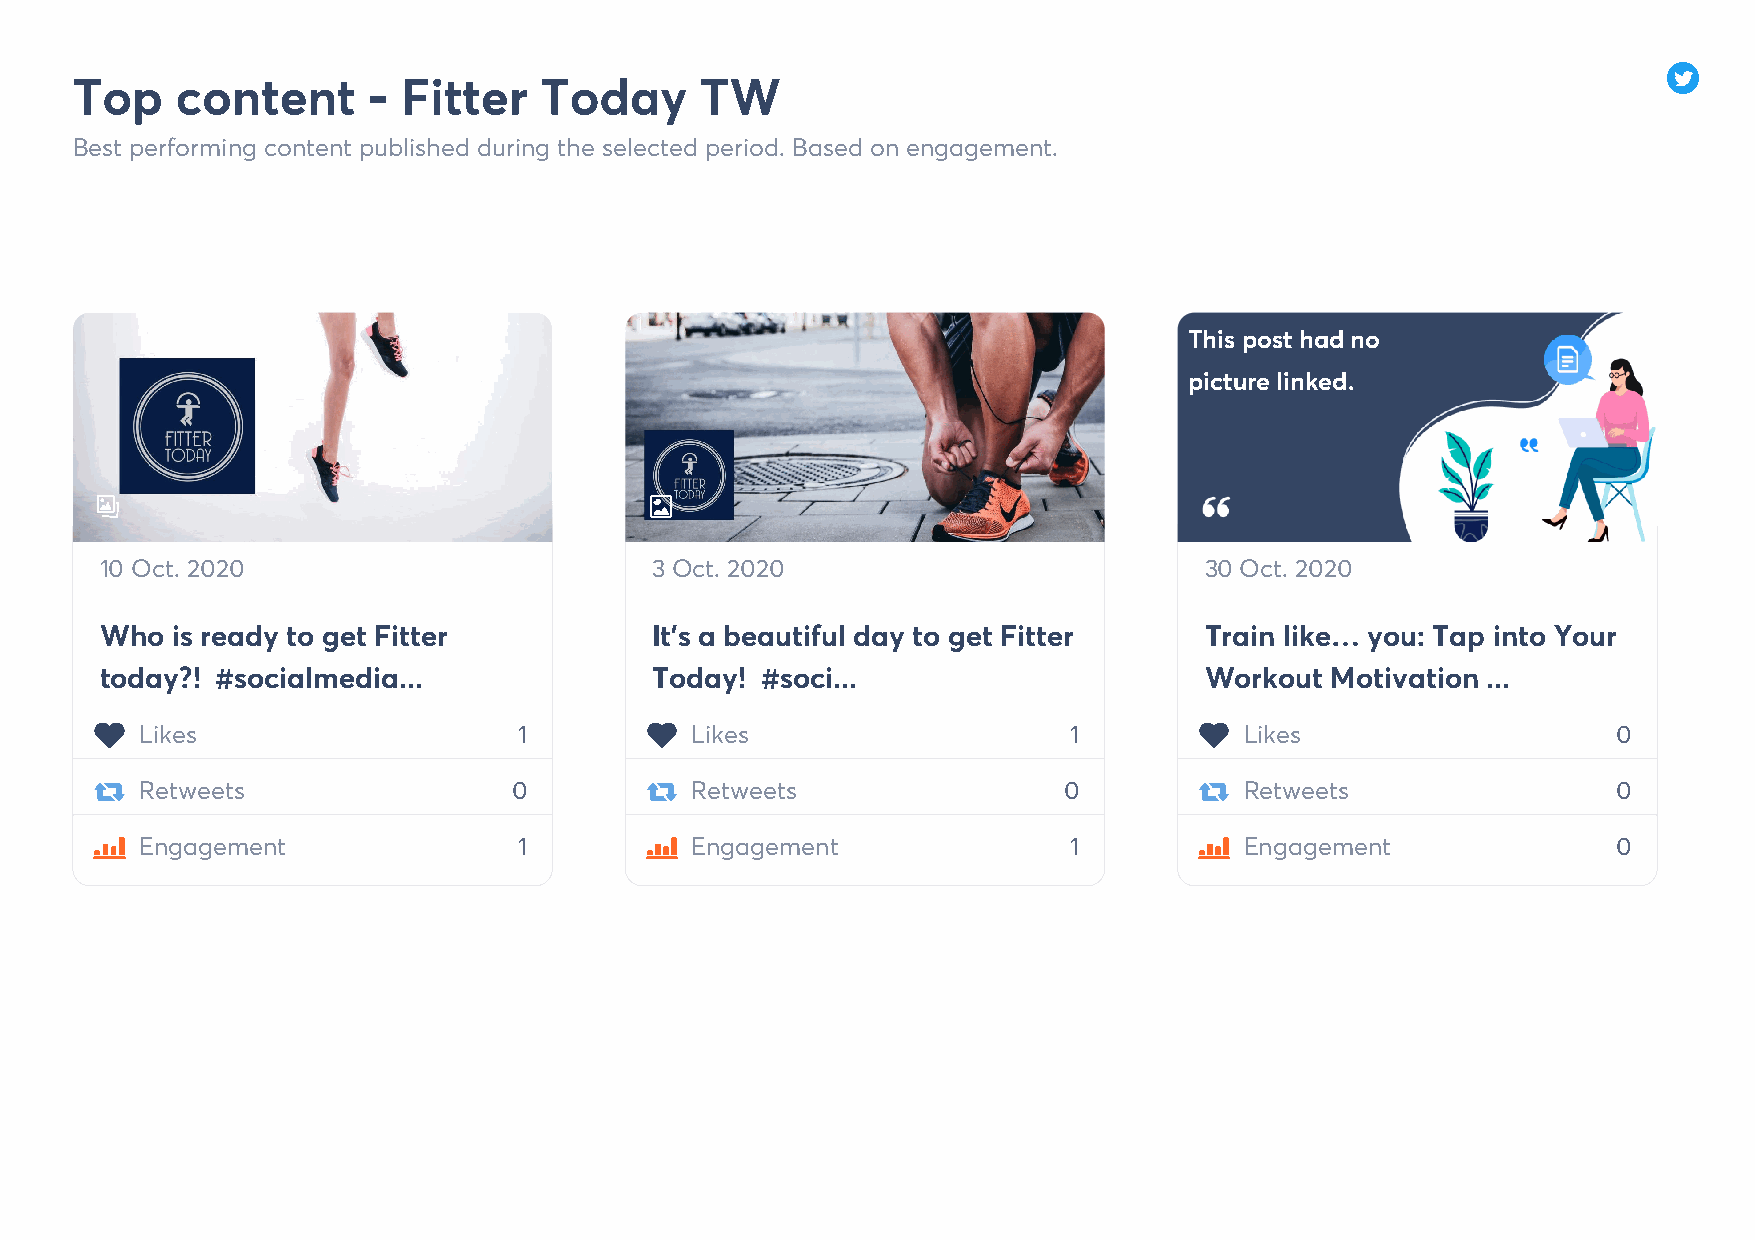
Top    content     -  Fitter   Today     TW
 Best performing content published during the selected period. Based on engagement.
 This post had no
 picture linked.
 10 Oct. 2020                        3 Oct. 2020                          30 Oct. 2020
 Who is ready to get Fitter          It's a beautiful day to get Fitter   Train like… you: Tap into Your
 today?! #socialmedia...             Today! #soci...                      Workout Motivation ...
 Likes                    1           Likes                    1          Likes                    0
 Retweets                 0           Retweets                0           Retweets                 0
 Engagement               1           Engagement               1          Engagement               0